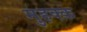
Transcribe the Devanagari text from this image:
मुहक्क़